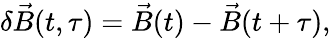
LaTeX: \delta\vec{B}(t,\tau)=\vec{B}(t)-\vec{B}(t+\tau),